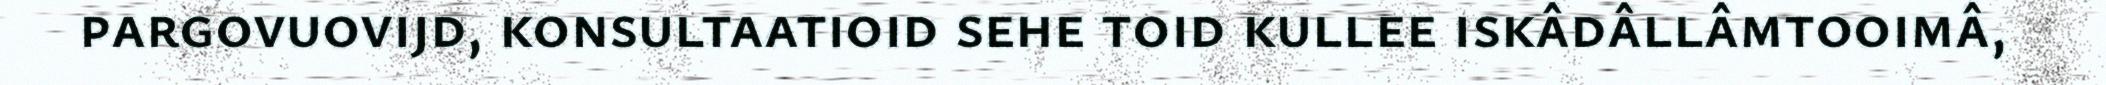
pargovuovijd, konsultaatioid sehe toid kullee iskâdâllâmtooimâ,